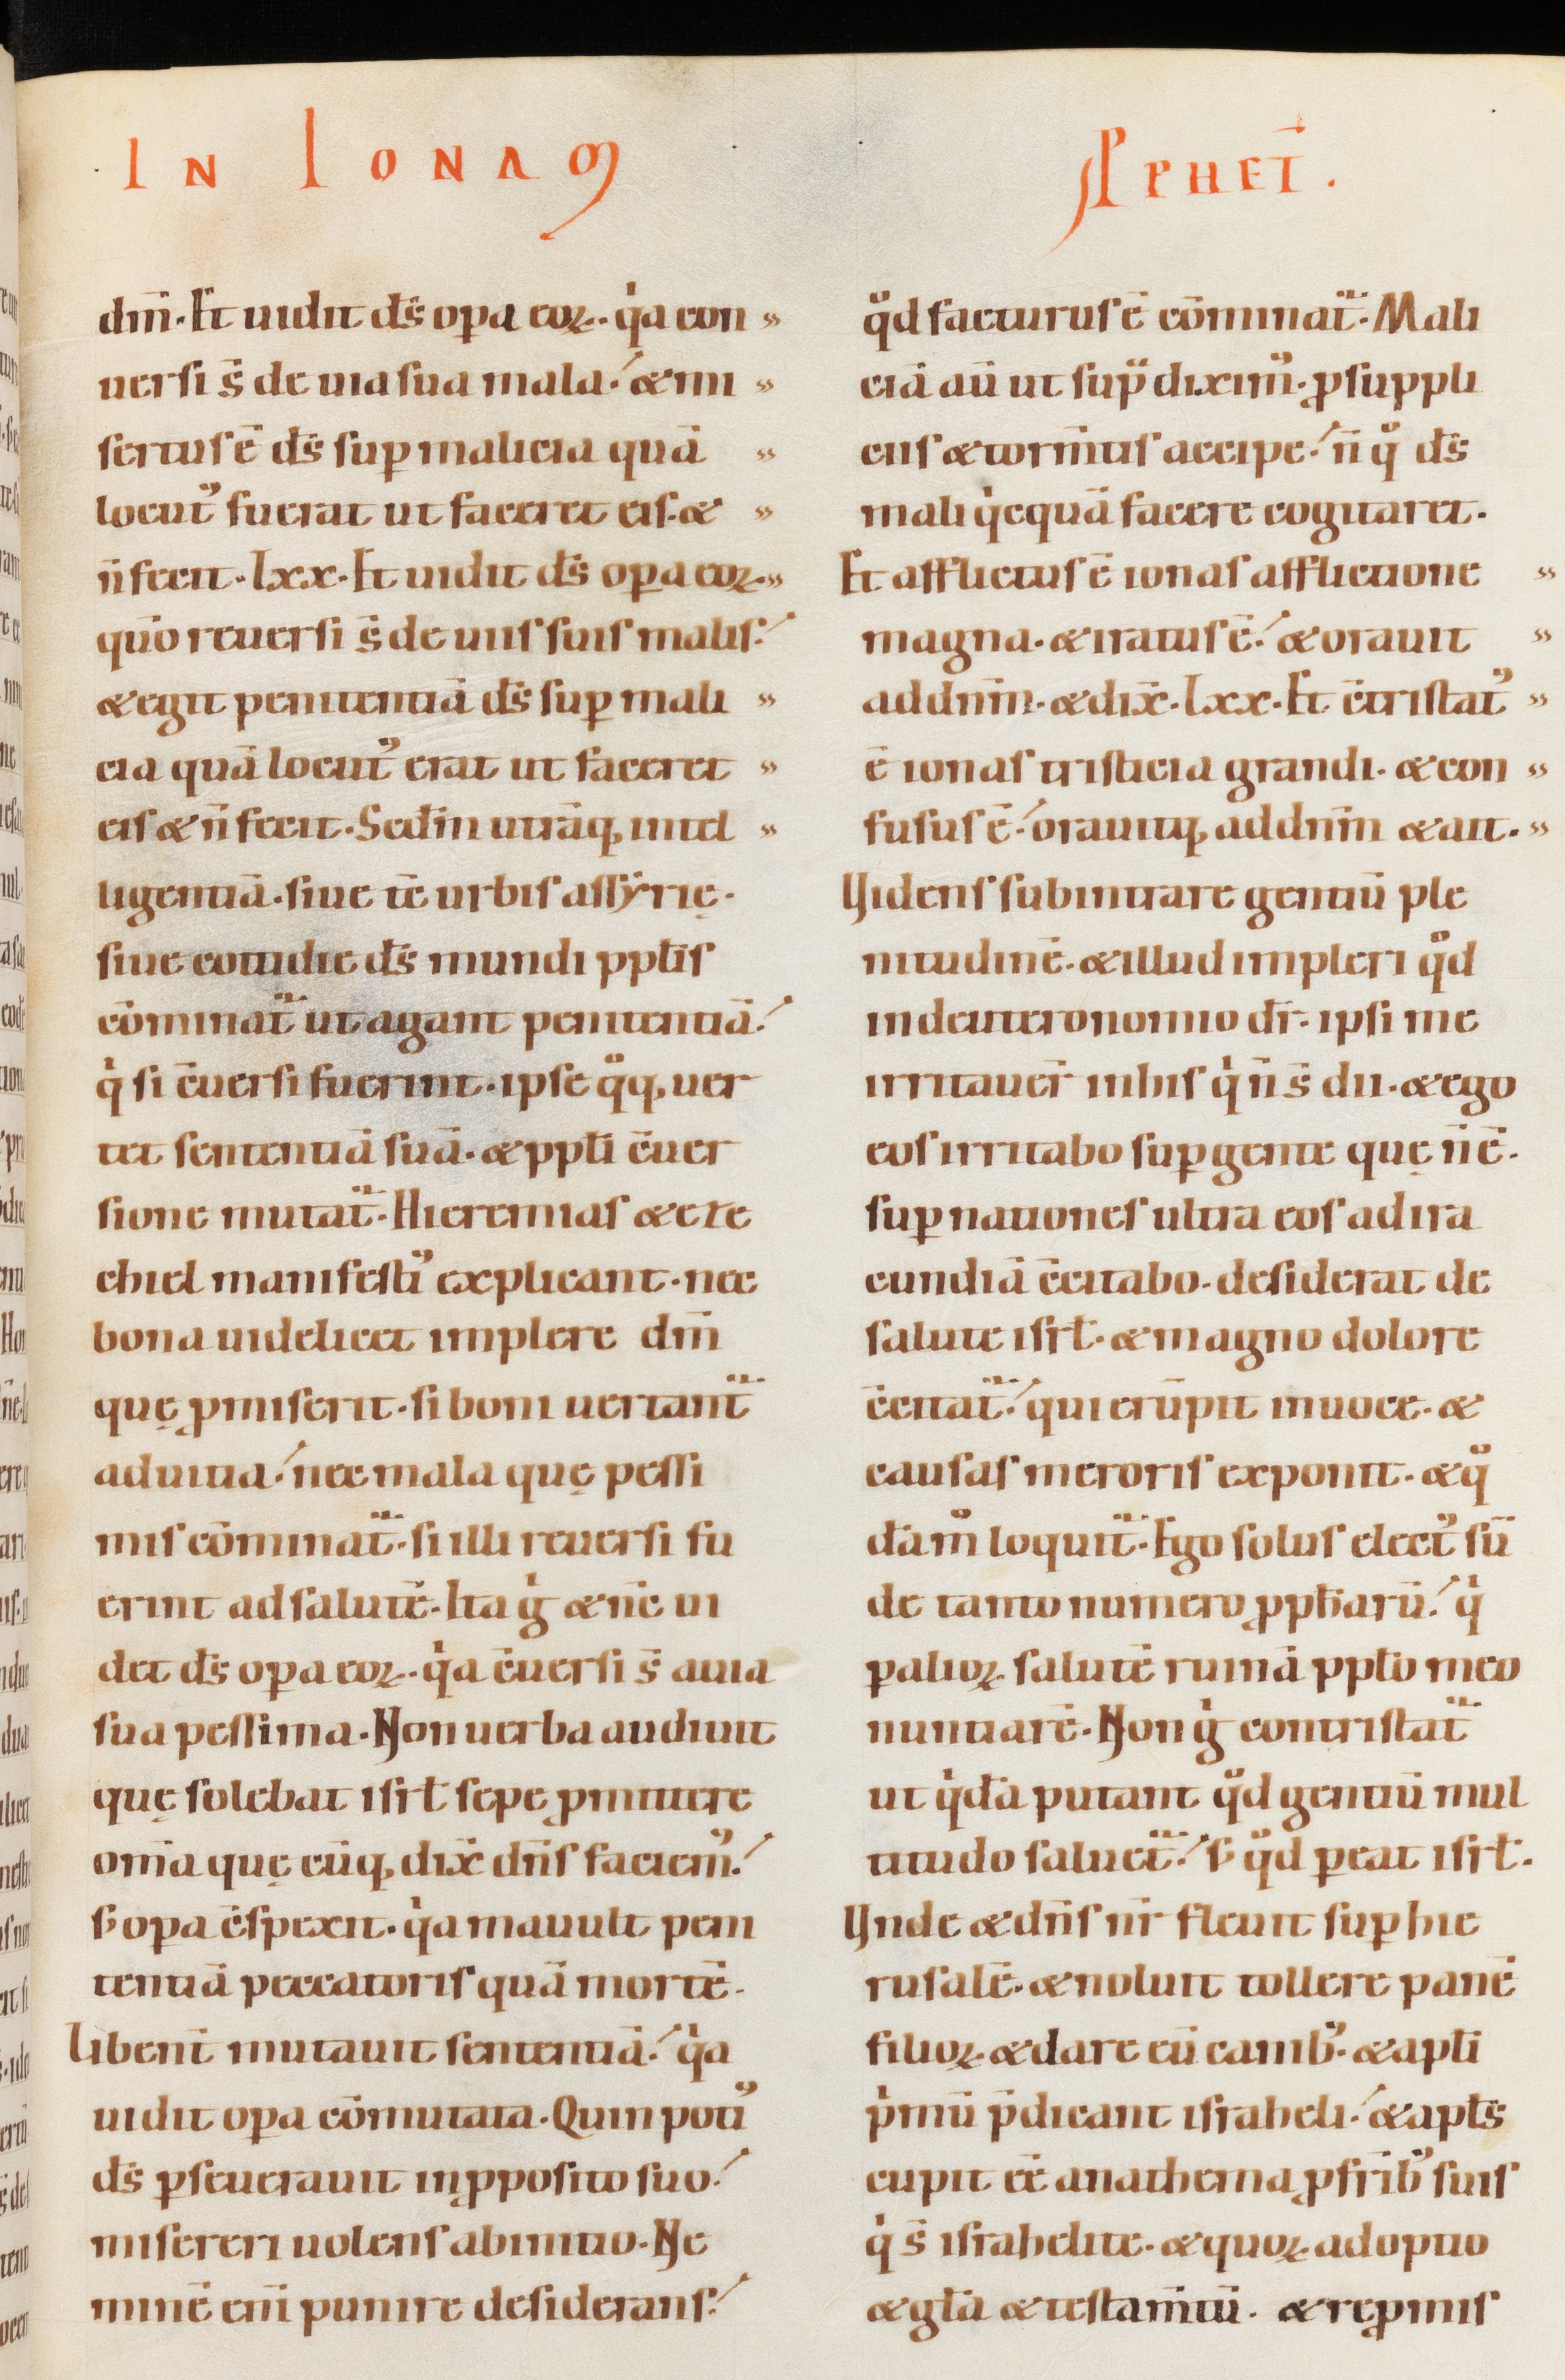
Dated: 1100–1130